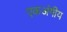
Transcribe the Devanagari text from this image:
एकअंगीय